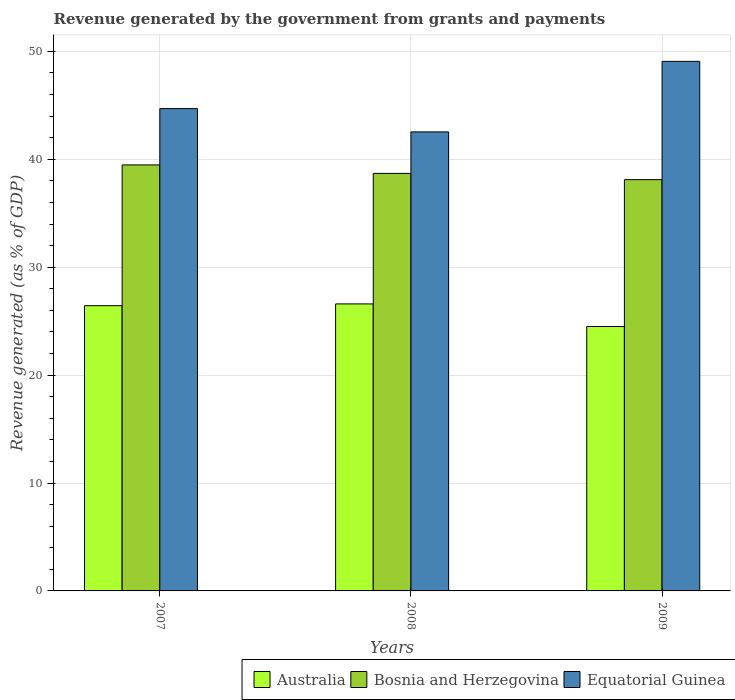
| Years | Australia | Bosnia and Herzegovina | Equatorial Guinea |
 | --- | --- | --- | --- |
 | 2007 | 26.4 | 39.5 | 44.7 |
 | 2008 | 26.6 | 38.7 | 42.5 |
 | 2009 | 24.5 | 38.1 | 49.1 |